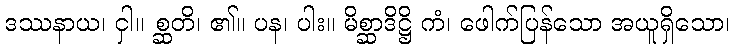
ဒဿနာယ၊ ငှါ။ စ္ဆတိ၊ ၏။ ပန၊ ပါး။ မိစ္ဆာဒိဋ္ဌိ ကံ၊ ဖေါက်ပြန်သော အယူရှိသော၊